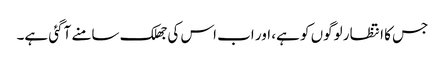
جس کا انتظار لوگوں کو ہے، اور اب اس کی جھلک سامنے آگئی ہے۔